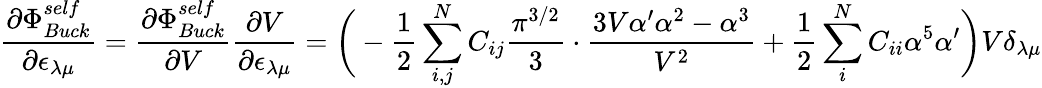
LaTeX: \frac{\partial\Phi_{Buck}^{self}}{\partial\epsilon_{\lambda\mu}}=\frac{\partial\Phi_{Buck}^{self}}{\partial V}\frac{\partial V}{\partial\epsilon_{\lambda\mu}}=\bigg(-\frac{1}{2}\sum_{i,j}^{N}C_{ij}\frac{\pi^{3/2}}{3}\cdot\frac{3V\alpha^{\prime}\alpha^{2}-\alpha^{3}}{V^{2}}+\frac{1}{2}\sum_{i}^{N}C_{ii}\alpha^{5}\alpha^{\prime}\bigg)V\delta_{\lambda\mu}